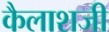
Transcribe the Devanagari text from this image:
कैलाशजी